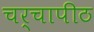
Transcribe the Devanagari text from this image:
चर्चापीठ